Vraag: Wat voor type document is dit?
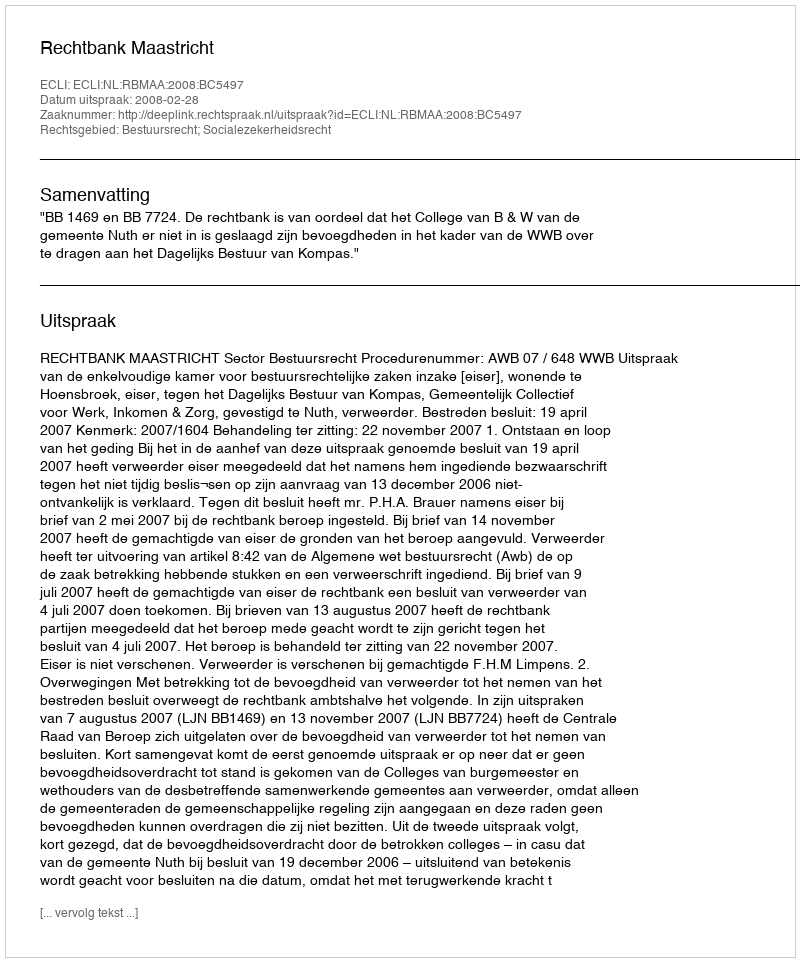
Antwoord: Uitspraak